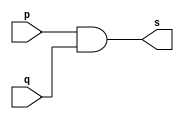
//-------------
//Exemplo0014//AND
//Nome:Guilherme Augusto Bueno Borba
//-------------
//-------------
//--andgate
//-------------
module andgate (output s, input p, input q);
assign s = (p & q);
endmodule // andgate
module andgate2 (output s, input p, input q, input r);
wire s1;
andgate AND1 (s1, p, q);
andgate AND2 (s, r, s1);
endmodule//endgate
module testandgate;
reg a,b,c;
wire s;
andgate2 AND3(s,a,b,c);
//---------parte principal
initial begin:start
a=0;b=0;c=0;
end

initial begin:main
$display("Exemplo0014 - Guilherme Augusto Bueno Borba 451564");
$display("test andgate");
$display("a & b & c = s");

#1 a=0;b=0;c=0;
$monitor("%b & %b & %b = %b",a,b,c,s);
#1 a=0;b=0;c=1;
#1 a=0;b=1;c=0;
#1 a=0;b=1;c=1;
#1 a=1;b=0;c=0;
#1 a=1;b=0;c=1;
#1 a=1;b=1;c=0;
#1 a=1;b=1;c=1;
end
endmodule//testandgate